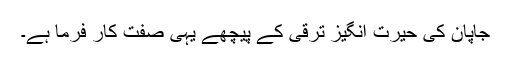
جاپان کی حیرت انگیز ترقی کے پیچھے یہی صفت کار فرما ہے۔